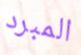
المبرد